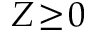
Z \! \ge \! 0